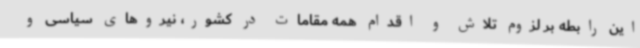
این رابطه بر لزوم تلاش و اقدام همه مقامات در کشور، نیروهای سیاسی و